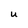
Character: U